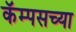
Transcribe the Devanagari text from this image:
कॅम्पसच्या